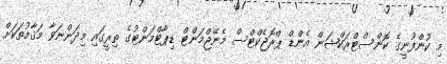
މި ކުންފުނީގެ ކޮންސްޓްރަކްޝަން އެންޑް ޕްރޮޖެކްޓްސް މެނޭޖްމަންޓް ޑިޕާޓްމަންޓުގެ ތިރީގައި މިދަންނަވާ މަޤާމުތަކަށް